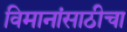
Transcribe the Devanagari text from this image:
विमानांसाठीचा